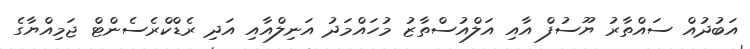
އަބުދުއް ސައްތާރު ޔޫސުފް އާއި އަލްއުސްތާޒު މުހައްމަދު އަނިލްއާއި އަދި ރެޑްކްރެސެންޓް ޖަމިއްޔާގެ